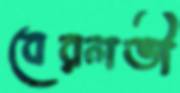
বেরলভী